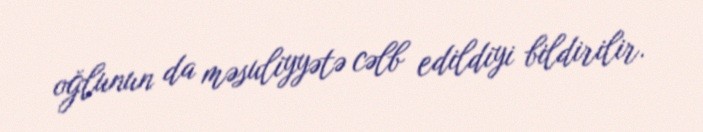
oğlunun da məsuliyyətə cəlb edildiyi bildirilir.